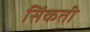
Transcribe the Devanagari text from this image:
सिंकती